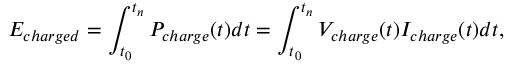
E _ { c h a r g e d } = \int _ { t _ { 0 } } ^ { t _ { n } } P _ { c h a r g e } ( t ) d t = \int _ { t _ { 0 } } ^ { t _ { n } } V _ { c h a r g e } ( t ) I _ { c h a r g e } ( t ) d t ,